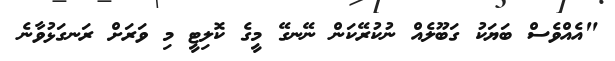
"އެއްވެސް ބަޔަކު ގަބޫލެއް ނުކުރޭކަން ނޭނގޭ މީގެ ކޮލިޓީ މި ވަރަށް ރަނގަޅުވާނެ